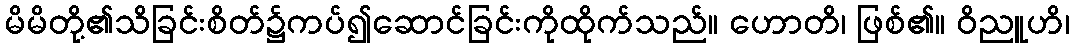
မိမိတို့၏သိခြင်းစိတ်၌ကပ်၍ဆောင်ခြင်းကိုထိုက်သည်။ ဟောတိ၊ ဖြစ်၏။ ဝိညူဟိ၊